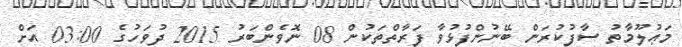
މަޢުލޫމާތު ސާފުކުރަން ބޭނުންފުޅުވާ ފަރާތްތަކުން 08 ނޮވެންބަރު 2015 ދުވަހުގެ 03:00 އަށް